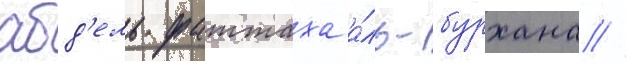
абд'ель фаттаха а́ль-бурхана //